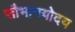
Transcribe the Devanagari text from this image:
सौभागयोदय